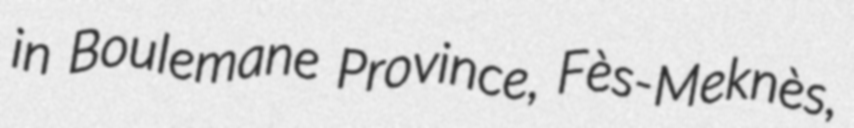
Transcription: in Boulemane Province, Fès-Meknès,